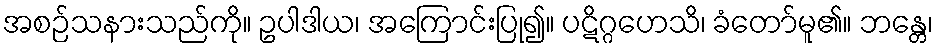
အစဉ်သနားသည်ကို။ ဥပါဒါယ၊ အကြောင်းပြု၍။ ပဋိဂ္ဂဟေသိ၊ ခံတော်မူ၏။ ဘန္တေ၊